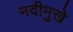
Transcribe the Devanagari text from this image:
नदीमुखे